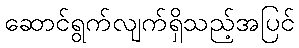
ဆောင်ရွက်လျက်ရှိသည့်အပြင်